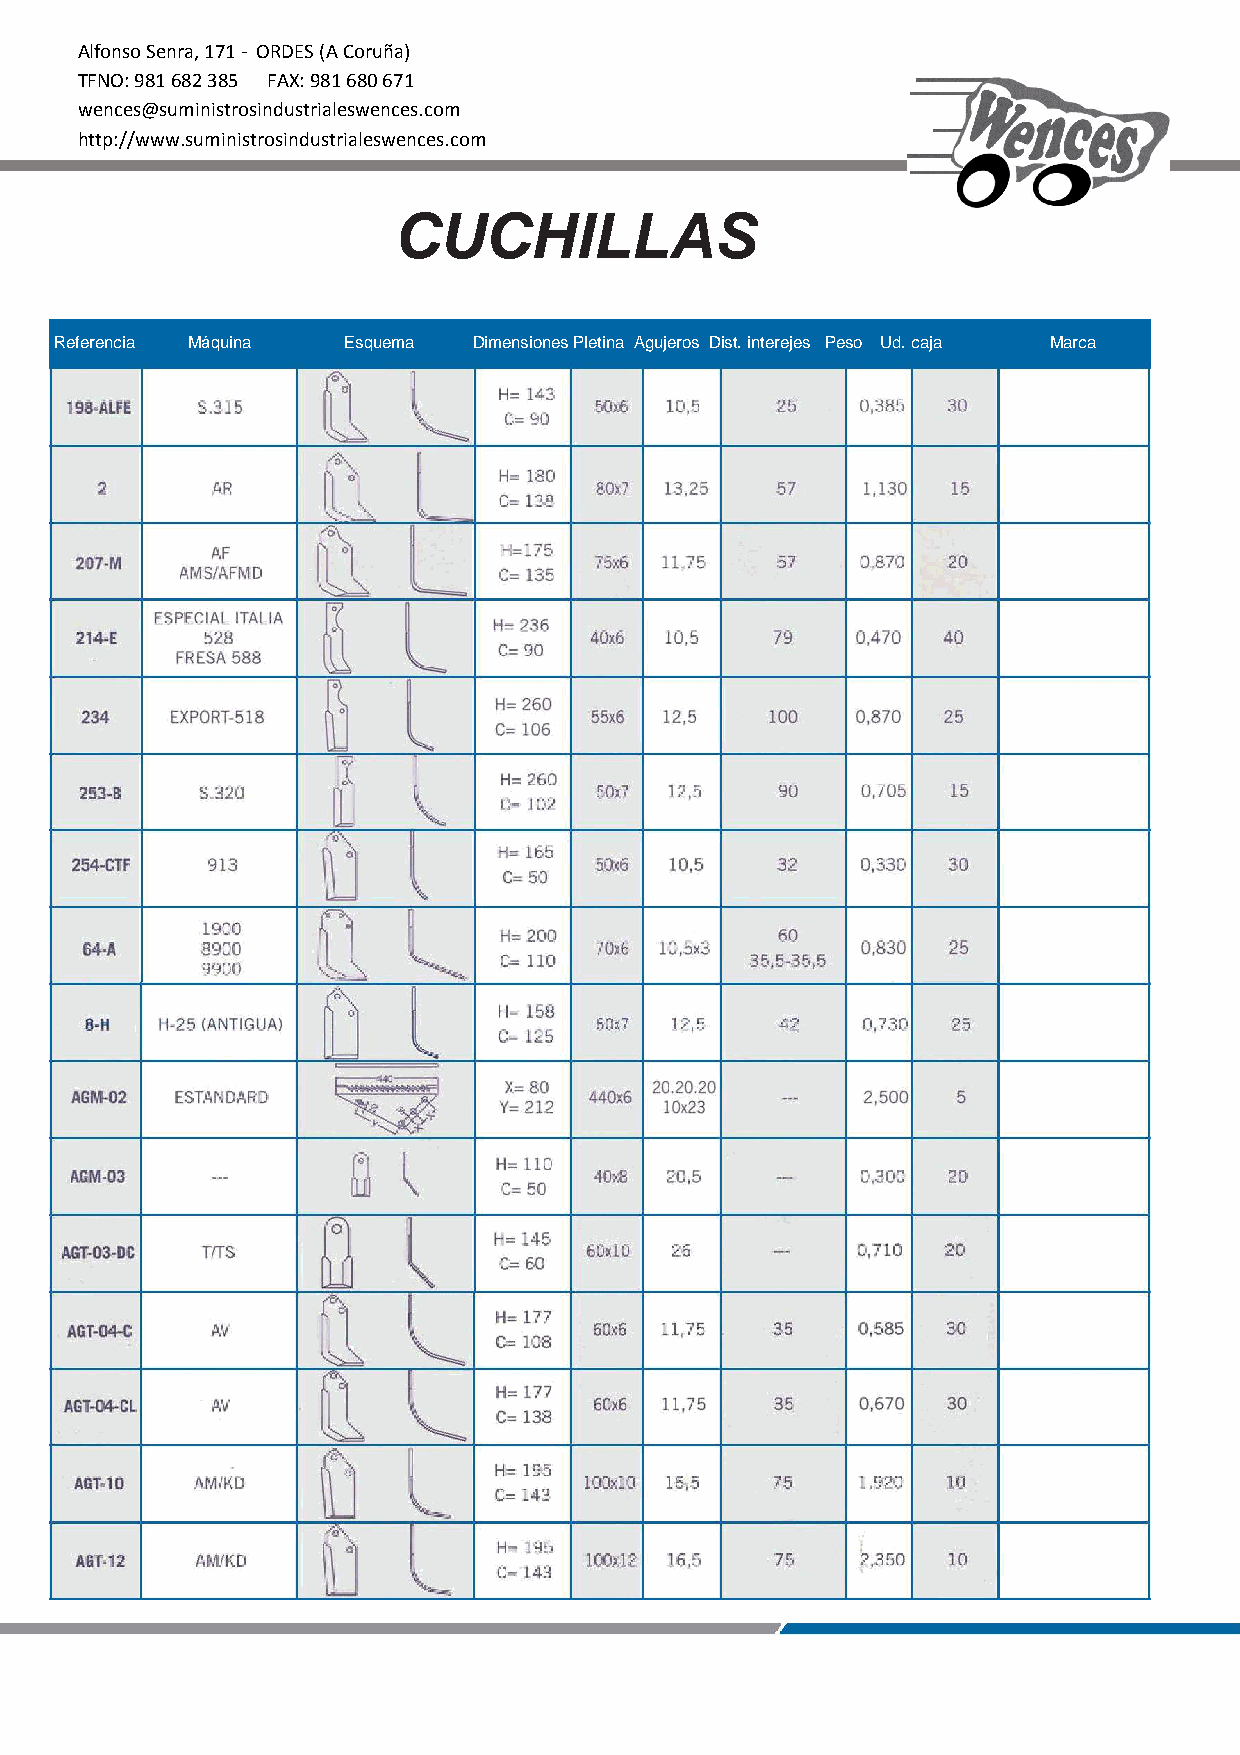
Alfonso Senra, 171 - ORDES (A Coruña)
 TFNO: 981 682 385 FAX: 981 680 671
 wences@suministrosindustrialeswences.com
 http://www.suministrosindustrialeswences.com
 CUCHILLAS
 Referencia Máquina Esquema Dimensiones Pletina Agujeros Dist. interejes Peso Ud. caja Marca